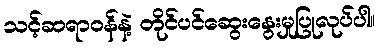
သင့်ဆရာဝန်နဲ့ တိုင်ပင်ဆွေးနွေးမှုပြုလုပ်ပါ။